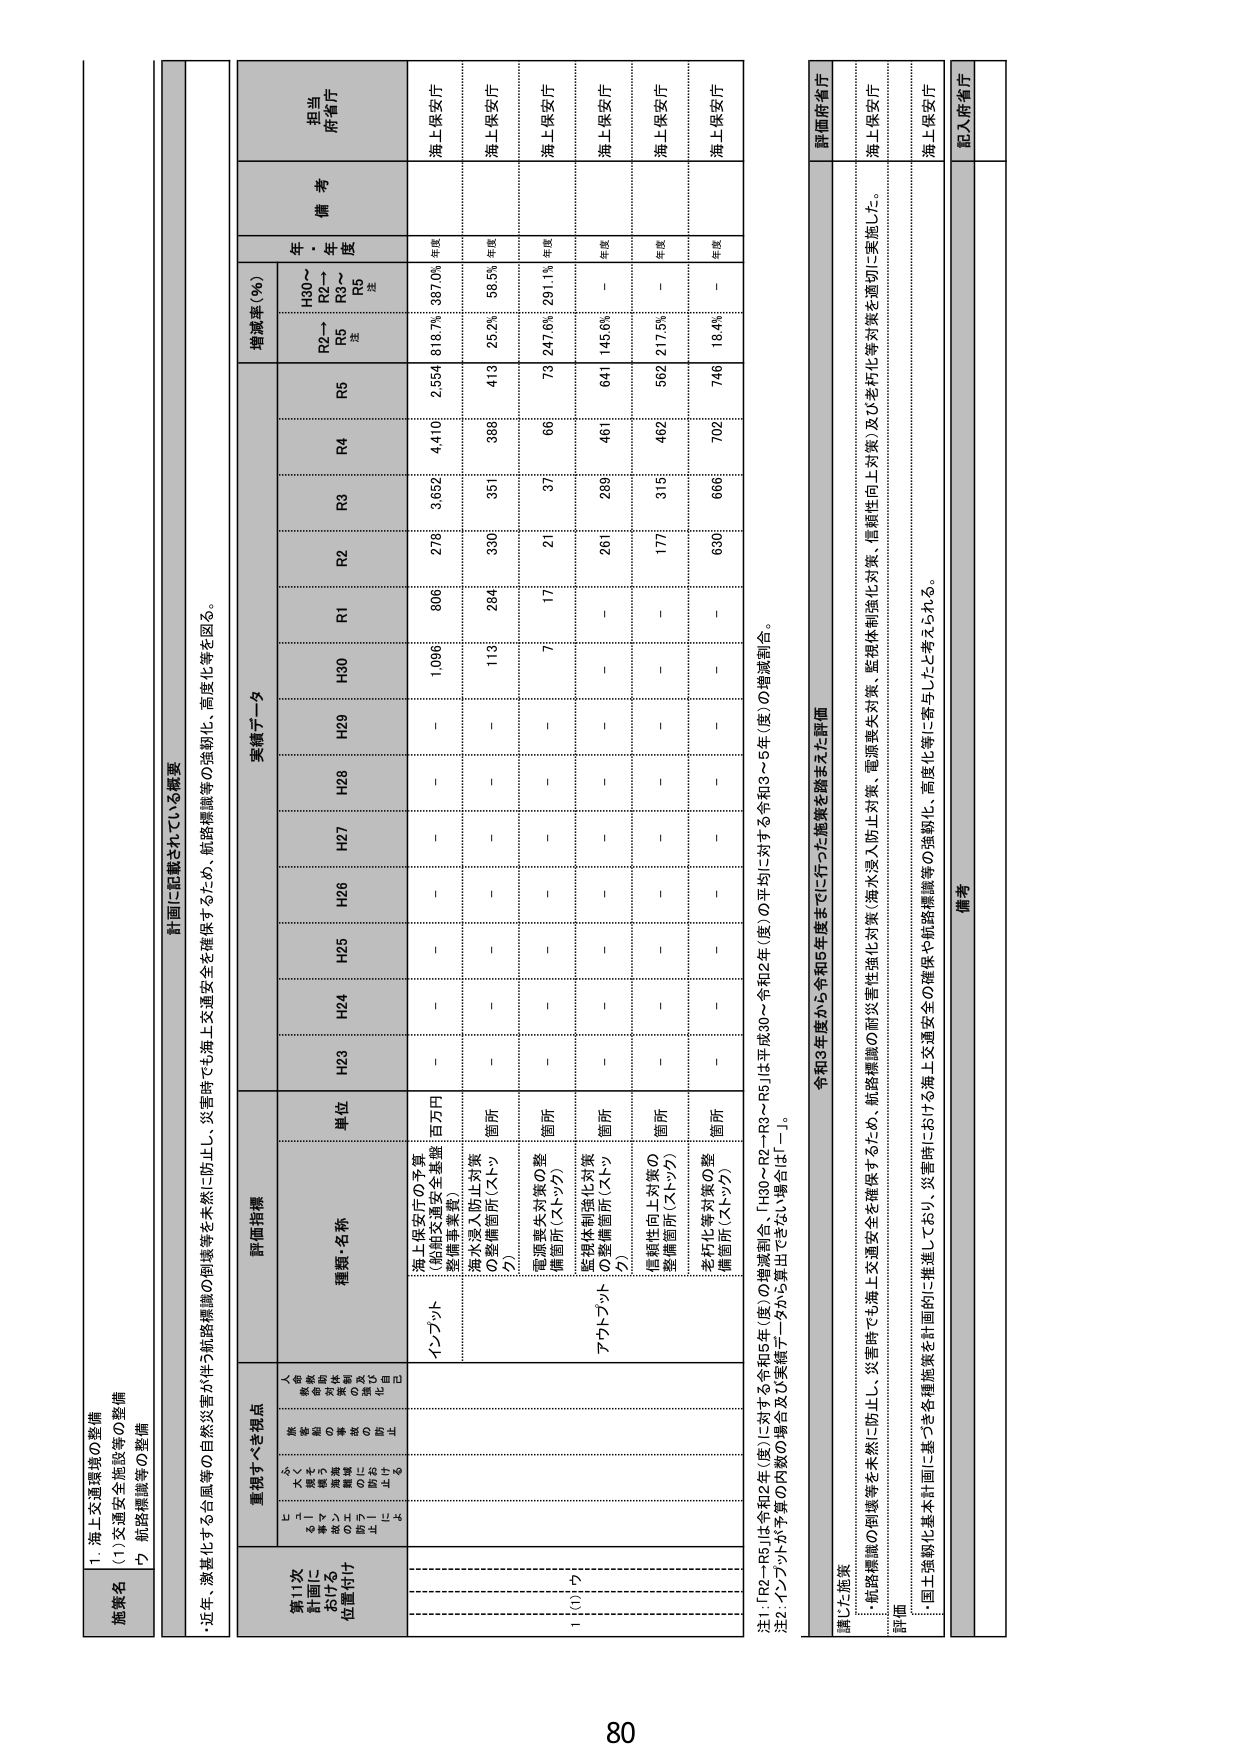
1. 海上交通環境の整備
(1)交通安全施設等の整備
ウ 航路標識等の整備

計画に記載されている概要
・近年、激甚化する台風等の自然災害が伴う航路標識の倒壊等を未然に防止し、災害時でも海上交通安全を確保するため、航路標識等の強靭化、高度化等を図る。

第11次
計画に
おける
位置付け
重視すべき視点
評価指標
実績データ
備考
担当
府省庁
① 交通
安全の
向上
② 環境
負荷の
低減
③ 航路
標識等
の整備
④ 事故
防止
⑤ 事故
対策
⑥ 事故
対策
⑦ 事故
防止
⑧ 事故
防止
⑨ 事故
防止
⑩ 事故
防止
⑪ 事故
防止
⑫ 事故
防止
⑬ 事故
防止
⑭ 事故
防止
⑮ 事故
防止
⑯ 事故
防止
⑰ 事故
防止
⑱ 事故
防止
⑲ 事故
防止
⑳ 事故
防止
種類・名称
単位
H23
H24
H25
H26
H27
H28
H29
H30
R1
R2
R3
R4
R5
H30～
R2～
R5
注
年・年度
増減率（％）
海上保安庁
（船舶交通安全基盤
整備事業費）
百万円
－
－
－
－
－
－
1,096
806
278
3,652
4,410
2,554
818.7%
387.0%
年度
海上保安庁
海水浸入防止対策
の整備箇所（ストップ）
箇所
－
－
－
－
－
－
119
284
330
351
398
413
25.2%
58.5%
年度
海上保安庁
電源喪失対策の整
備箇所（ストップ）
箇所
－
－
－
－
－
－
7
17
21
37
66
73
247.6%
291.1%
年度
海上保安庁
監視体制強化対策
の整備箇所（ストップ）
箇所
－
－
－
－
－
－
－
－
261
289
461
641
145.6%
－
年度
海上保安庁
信頼性向上対策の
整備箇所（ストップ）
箇所
－
－
－
－
－
－
－
－
177
315
462
562
217.5%
－
年度
海上保安庁
老朽化等対策の整
備箇所（ストップ）
箇所
－
－
－
－
－
－
－
－
639
666
702
746
18.4%
－
年度
海上保安庁
注1：「R2～R5」は令和2年（度）に対する令和5年（度）の増減割合、「H30～R2～R5」は平成30～令和2年（度）の平均に対する令和3～5年（度）の増減割合。
注2：インフラが予算の内訳の場合及び実績データが5年目でさかのぼり場合は「－」。

講じた施策
令和3年度から令和5年度までに行った施策を踏まえた評価
評価府省庁
・航路標識の倒壊等を未然に防止し、災害時でも海上交通安全を確保するため、航路標識の耐災害性強化対策（海水浸入防止対策、電源喪失対策、監視体制強化対策、信頼性向上対策）及び老朽化等対策を適切に実施した。
海上保安庁
評価
・国土強靭化基本計画に基づく各種施策を計画的に推進しており、災害時における海上交通安全の確保や航路標識等の強靭化、高度化等に寄与したと考えられる。
海上保安庁
備考
記入府省庁

80